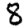
Digit: 8